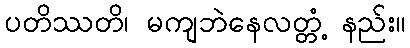
ပတိဿတိ၊ မကျဘဲနေလတ္တံ့ နည်း။